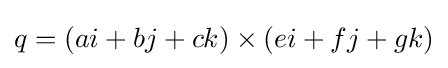
q=(ai+bj+ck)\times (ei+fj+gk)